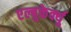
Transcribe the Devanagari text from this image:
एल्बुकेर्क्यु